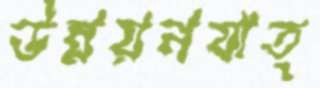
উন্নয়নযাত্